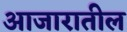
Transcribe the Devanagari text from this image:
आजारातील